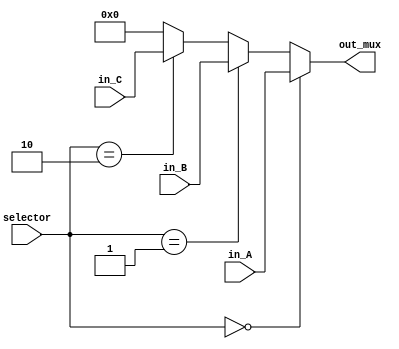
`timescale 1ns / 1ps

module MUX3 #(parameter BITS=32)
    (
    input wire [1:0] selector,
    input wire [31:0] in_A,
    input wire [31:0] in_B,
    input wire [31:0] in_C,
    //OUTPUTS
    output reg [31:0] out_mux
    );
       
    always@(*) 
        begin
            //mux = mux;
            if(selector == 2'b00)
                out_mux = in_A;
            else
                if(selector == 2'b01)
                    out_mux = in_B;
                else
                    if(selector == 2'b10)
                        out_mux = in_C;
                    else
                        out_mux = 0;
        end
        
endmodule